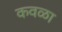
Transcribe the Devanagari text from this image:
कवळा